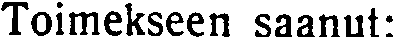
Toimekseen saanut: